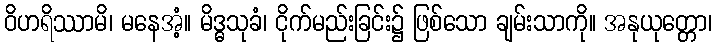
ဝိဟရိဿာမိ၊ မနေအံ့။ မိဒ္ဓသုခံ၊ ငိုက်မည်းခြင်း၌ ဖြစ်သော ချမ်းသာကို။ အနုယုတ္တော၊